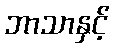
ဘာသာနှင့်